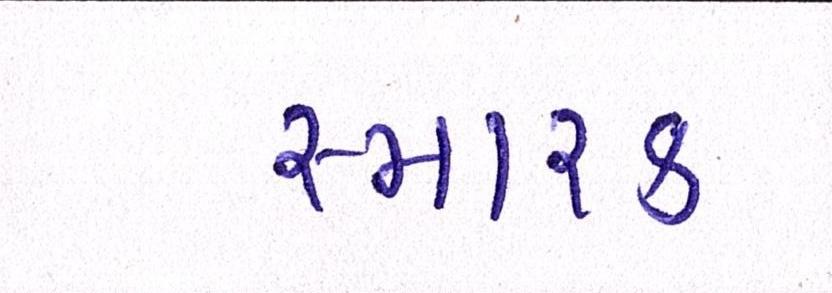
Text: સ્મારક